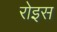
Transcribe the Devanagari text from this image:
रोइस